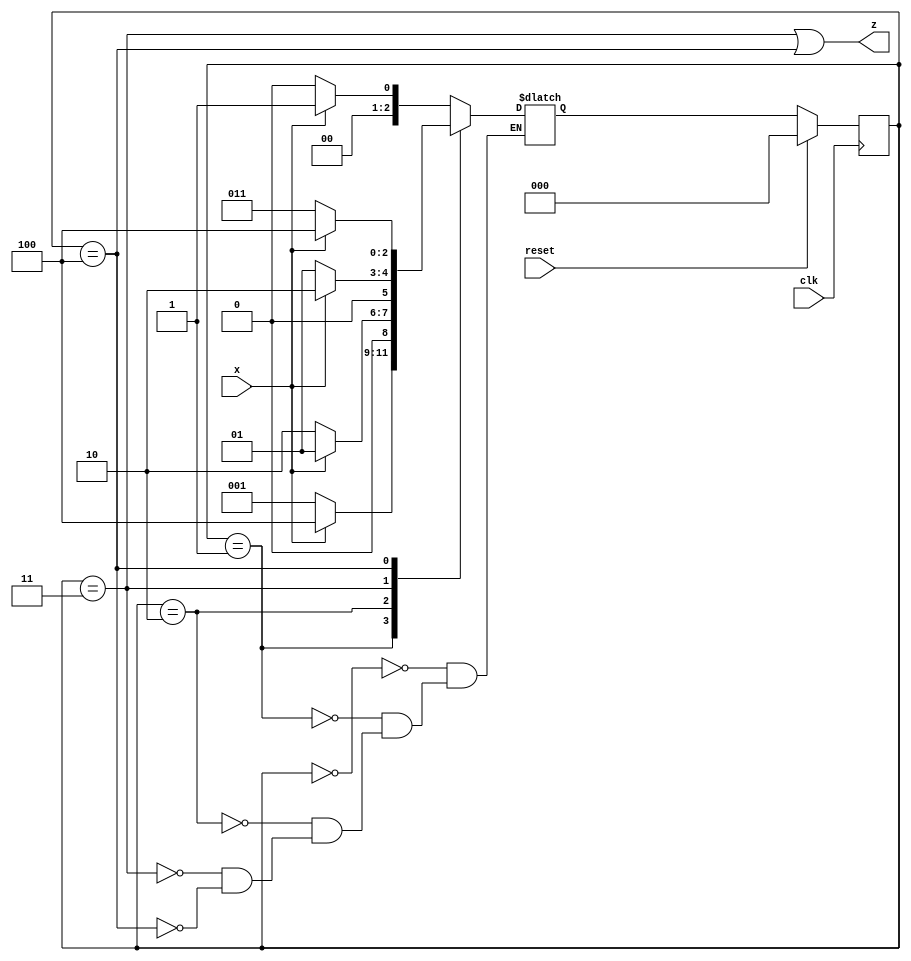
module top_module (
    input clk,
    input reset,   // Synchronous reset
    input x,
    output z
);

    parameter a = 0, b = 1, c = 2, d = 3, e = 4;
    reg [2:0] state, next_state;

    always @(*) begin
        case (state)
            a: next_state = x ? b : a;
            b: next_state = x ? e : b;
            c: next_state = x ? b : c;
            d: next_state = x ? c : b;
            e: next_state = x ? e : d;
        endcase
    end

    always @(posedge clk) begin
        if (reset) begin
            state <= a;
        end
        else begin
            state <= next_state;
        end
    end

    assign z = (state == d || state == e);

endmodule